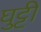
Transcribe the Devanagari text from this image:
घुट्टी